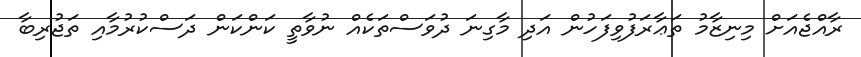
ރާއްޖެއަށް މިނިޒާމު ތަޢާރަފުވިފަހުން އަދި މާގިނަ ދުވަސްތަކެއް ނުވާތީ ކަންކަން ދަސްކުރުމާއި ތަޖުރިބާ